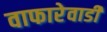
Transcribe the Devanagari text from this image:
वाफारेवाडी